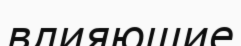
влияющие